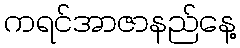
ကရင်အာဇာနည်နေ့